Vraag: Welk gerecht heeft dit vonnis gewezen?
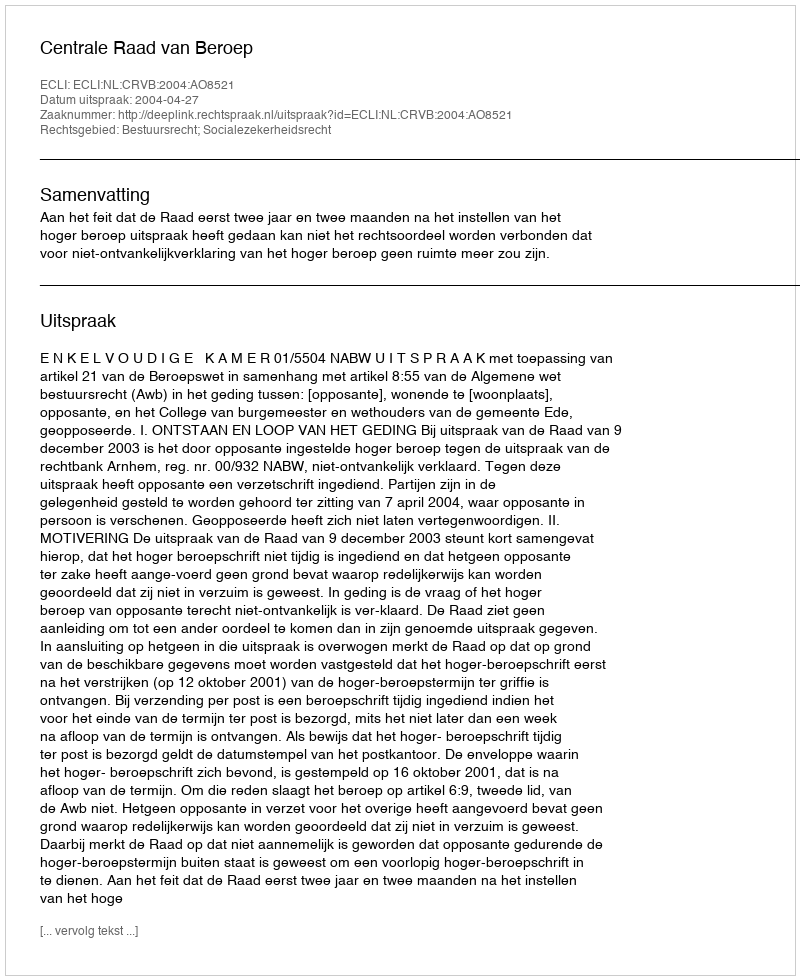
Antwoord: Centrale Raad van Beroep